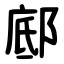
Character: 䣌